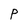
Character: P